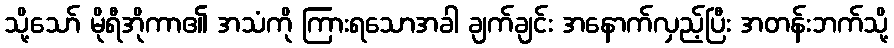
သို့သော် မိုရီအိုကာ၏ အသံကို ကြားရသောအခါ ချက်ချင်း အနောက်လှည့်ပြီး အတန်းဘက်သို့